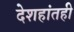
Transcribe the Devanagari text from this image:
देशहांतही